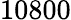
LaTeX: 10800